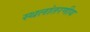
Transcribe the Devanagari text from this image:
स्थलांतरणीय